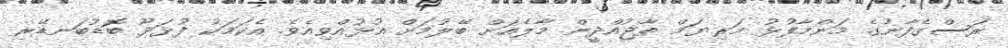
ރަސްގެފާނުގެ މަންމާފުޅު މަރިޔަމް ތާޖުއްދީން މާލެއަށް ބޭލުމަށް އުޅުއްވިއެވެ. އެކަމަކު ފުޅަދޫ ބޮޑުބަނޑޭރި